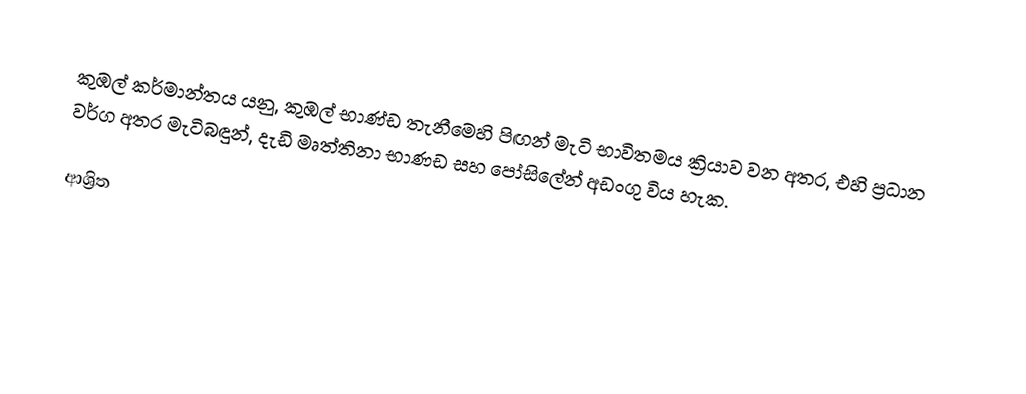
කුඹල් කර්මාන්තය යනු, කුඹල් භාණ්ඩ තැනීමෙහි  පිඟන් මැටි භාවිතමය  ක්‍රියාව වන අතර, එහි ප්‍රධාන වර්ග අතර මැටිබඳුන්, දැඩි මෘත්තිනා භාණඩ සහ  පෝසිලේන් අඩංගු විය හැක.

ආශ්‍රිත